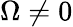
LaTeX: \Omega\neq 0